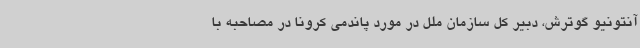
آنتونیو گوترش، دبیر کل سازمان ملل در مورد پاندمی کرونا در مصاحبه با